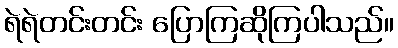
ရဲရဲတင်းတင်း ပြောကြဆိုကြပါသည်။